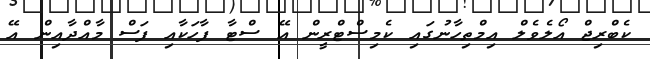
ކެބްރިޖް އޯލެވެލް އިމްތިހާނުގައި ކެމިސްޓްރީން އޭ ސްޓާ ފާހަކާއި ފަސް މާއްދާއިން އޭ